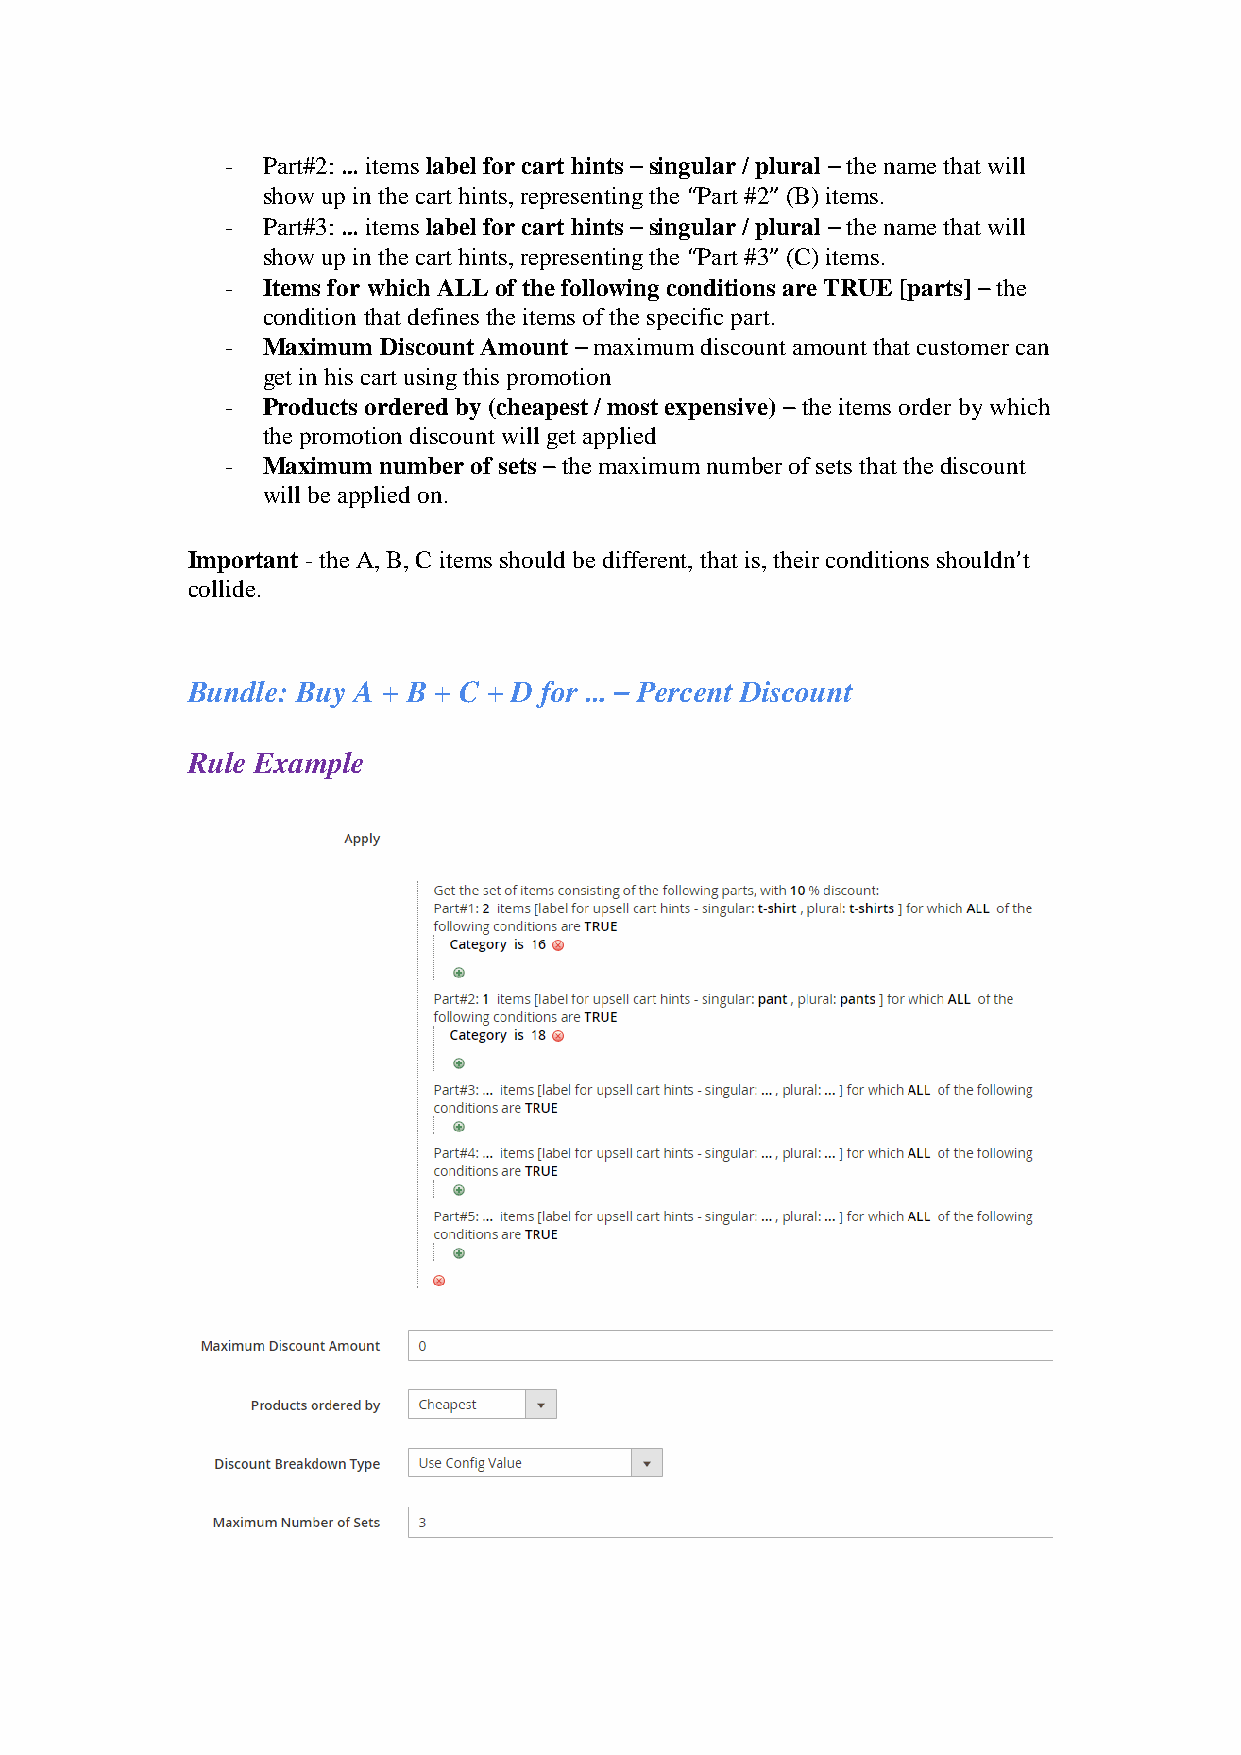
- Part#2: … items label for cart hints – singular / plural – the name that will
 show up in the cart hints, representing the “Part #2” (B) items.
 - Part#3: … items label for cart hints – singular / plural – the name that will
 show up in the cart hints, representing the “Part #3” (C) items.
 - Items for which ALL of the following conditions are TRUE [parts] – the
 condition that defines the items of the specific part.
 - Maximum Discount Amount – maximum discount amount that customer can
 get in his cart using this promotion
 - Products ordered by (cheapest / most expensive) – the items order by which
 the promotion discount will get applied
 - Maximum number of sets – the maximum number of sets that the discount
 will be applied on.
 Important - the A, B, C items should be different, that is, their conditions shouldn’t
 collide.
 Bundle: Buy A + B + C + D for … – Percent Discount
 Rule Example